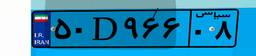
۶۵D۳۸۵۳۱